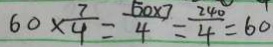
6 0 \times \frac { 7 } { 4 } = \frac { 5 0 \times 7 } { 4 } = \frac { 2 4 0 } { 4 } = 6 0